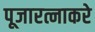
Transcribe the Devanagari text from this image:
पूजारत्नाकरे